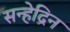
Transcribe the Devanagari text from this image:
सन्हेद्रिन